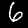
Digit: 6